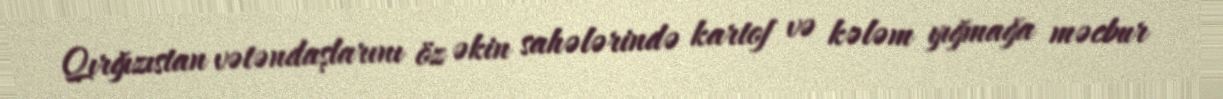
Qırğızıstan vətəndaşlarını öz əkin sahələrində kartof və kələm yığmağa məcbur